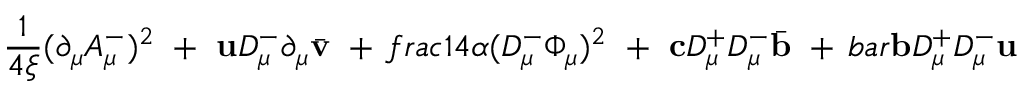
\frac { 1 } { 4 \xi } ( \partial _ { \mu } A _ { \mu } ^ { - } ) ^ { 2 } \ + \ { \bf u } D _ { \mu } ^ { - } \partial _ { \mu } \bar { \bf v } \ + \, f r a c { 1 } { 4 \alpha } ( D _ { \mu } ^ { - } \Phi _ { \mu } ) ^ { 2 } \ + \ { \bf c } D _ { \mu } ^ { + } D _ { \mu } ^ { - } \bar { \bf b } \ + \, b a r { \bf b } D _ { \mu } ^ { + } D _ { \mu } ^ { - } { \bf u }